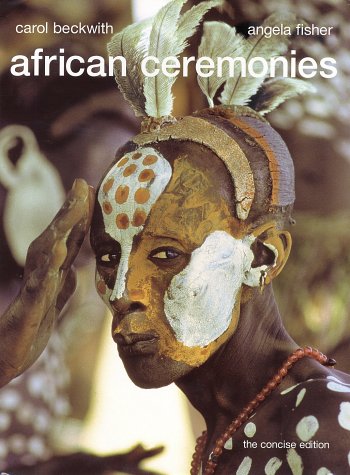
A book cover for African Ceremonies: The Concise Edition; Carol Beckwith; Literature & Fiction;